Vaccination report Assam 1874-1896 - 1874-1896
Year: 1874
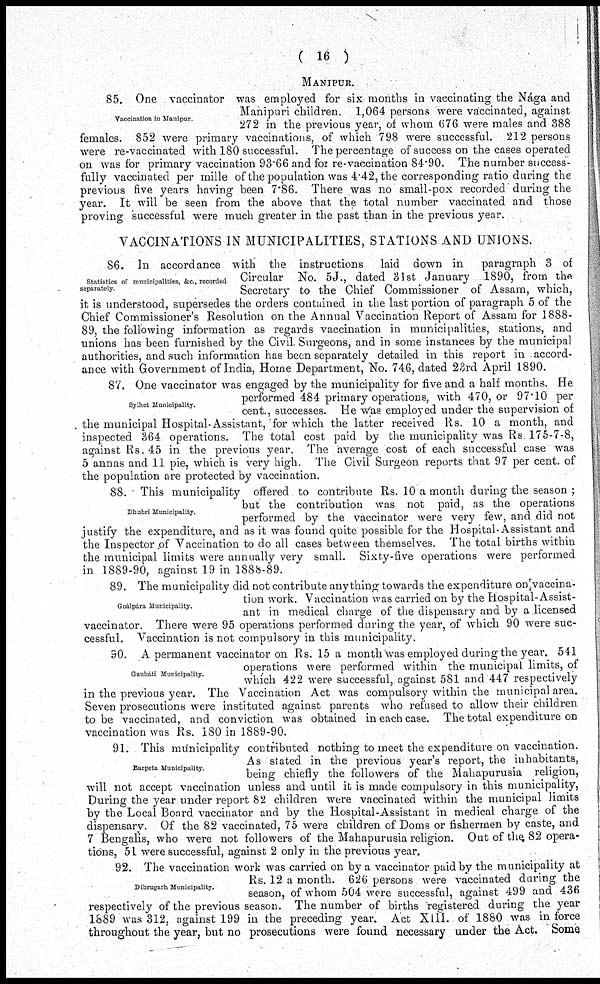
( 16 )
MANIPUR.
Vaccination in Manipur.
85. One vaccinator was employed for six months in vaccinating the Nága and
Manipuri children. 1,064 persons were vaccinated, against
272 in the previous year, of whom 676 were males and 388
females. 852 were primary vaccinations, of which 798 were successful. 212 persons
were re-vaccinated with 180 successful. The percentage of success on the cases operated
on was for primary vaccination 93.66 and for re-vaccination 84.90. The number success-
fully vaccinated per mille of the population was 4.42, the corresponding ratio during the
previous five years having been 7.86. There was no small-pox recorded during the
year. It will be seen from the above that the total number vaccinated and those
proving successful were much greater in the past than in the previous year.
VACCINATIONS IN MUNICIPALITIES, STATIONS AND UNIONS.
Statistics of municipalities, &c., recorded
separately.
86. In accordance with the instructions laid down in paragraph 3 of
Circular No. 5J., dated 31st January 1890, from the
Secretary to the Chief Commissioner of Assam, which,
it is understood, supersedes the orders contained in the last portion of paragraph 5 of the
Chief Commissioner's Resolution on the Annual Vaccination Report of Assam for 1888-
89, the following information as regards vaccination in municipalities, stations, and
unions has been furnished by the Civil. Surgeons, and in some instances by the municipal
authorities, and such information has been separately detailed in this report in accord-
ance with Government of India, Home Department, No. 746, dated 23rd April 1890.
Sylhet Municipality.
87. One vaccinator was engaged by the municipality for five and a half months. He
performed 484 primary operations, with 470, or 97.10 per
cent., successes. He was employed under the supervision of
the municipal Hospital-Assistant, for which the latter received Rs. 10 a month, and
inspected 364 operations. The total cost paid by the municipality was Rs.175-7-8,
against Rs.45 in the previous year. The average cost of each successful case was
5 annas and 11 pie, which is very high. The Civil Surgeon reports that 97 per cent. of
the population are protected by vaccination.
Dhubri Municipality
88. This municipality offered to contribute Rs. 10 a month during the season ;
but the contribution was not paid, as the operations
performed by the vaccinator were very few, and did not
justify the expenditure, and as it was found quite possible for the Hospital-Assistant and
the Inspector of Vaccination to do all cases between themselves. The total births within
the municipal limits were annually very small. Sixty-five operations were performed
in 1889-90, against 19 in 1888-89.
Goálpára Municipality.
89. The municipality did not contribute any thing towards the expenditure on vaccina-
tion work. Vaccination was carried on by the Hospital-Assist-
ant in medical charge of the dispensary and by a licensed
vaccinator. There were 95 operations performed during the year, of which 90 were suc-
cessful. Vaccination is not compulsory in this municipality.
Gauháti Municipality.
90. A permanent vaccinator on Rs. 15 a month was employed during the year. 541
operations were performed within the municipal limits, of
which 422 were successful, against 581 and 447 respectively
in the previous year. The Vaccination Act was compulsory within the municipal area.
Seven prosecutions were instituted against parents who refused to allow their children
to be vaccinated, and conviction was obtained in each case. The total expenditure on
vaccination was Rs. 180 in 1889-90.
Barpeta Municipality.
91. This municipality contributed nothing to meet the expenditure on vaccination.
As stated in the previous year's report, the inhabitants,
being chiefly the followers of the Mahapurusia religion,
will not accept vaccination unless and until it is made compulsory in this municipality,
During the year under report 82 children were vaccinated within the municipal limits
by the Local Board vaccinator and by the Hospital-Assistant in medical charge of the
dispensary. Of the 82 vaccinated, 75 were children of Doms or fishermen by caste, and
7 Bengalis, who were not followers of the Mahapurusia religion. Out of the 82 opera-
tions, 51 were successful, against 2 only in the previous year.
Dibrugarh Municipality.
92. The vaccination work was carried on by a vaccinator paid by the municipality at
Rs. 12 a month. 626 persons were vaccinated during the
season, of whom 504 were successful, against 499 and 436
respectively of the previous season. The number of births registered during the year
1889 was 312, against 199 in the preceding year. Act XIII. of 1880 was in force
throughout the year, but no prosecutions were found necessary under the Act. Some